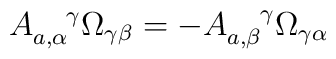
A_{a,\alpha}^{~~~\gamma} \Omega_{\gamma\beta} = - A_{a,\beta}^{~~~\gamma}  \Omega_{\gamma\alpha}